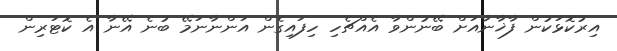
އިރުކޮޅަކުން ފާޚާނާއަށް ބޭނުންވާ އެއްޗެހި ހިފައިގެން އަންނާނަމޭ ބުނެ އޭނާ އެ ކޮޓަރިން